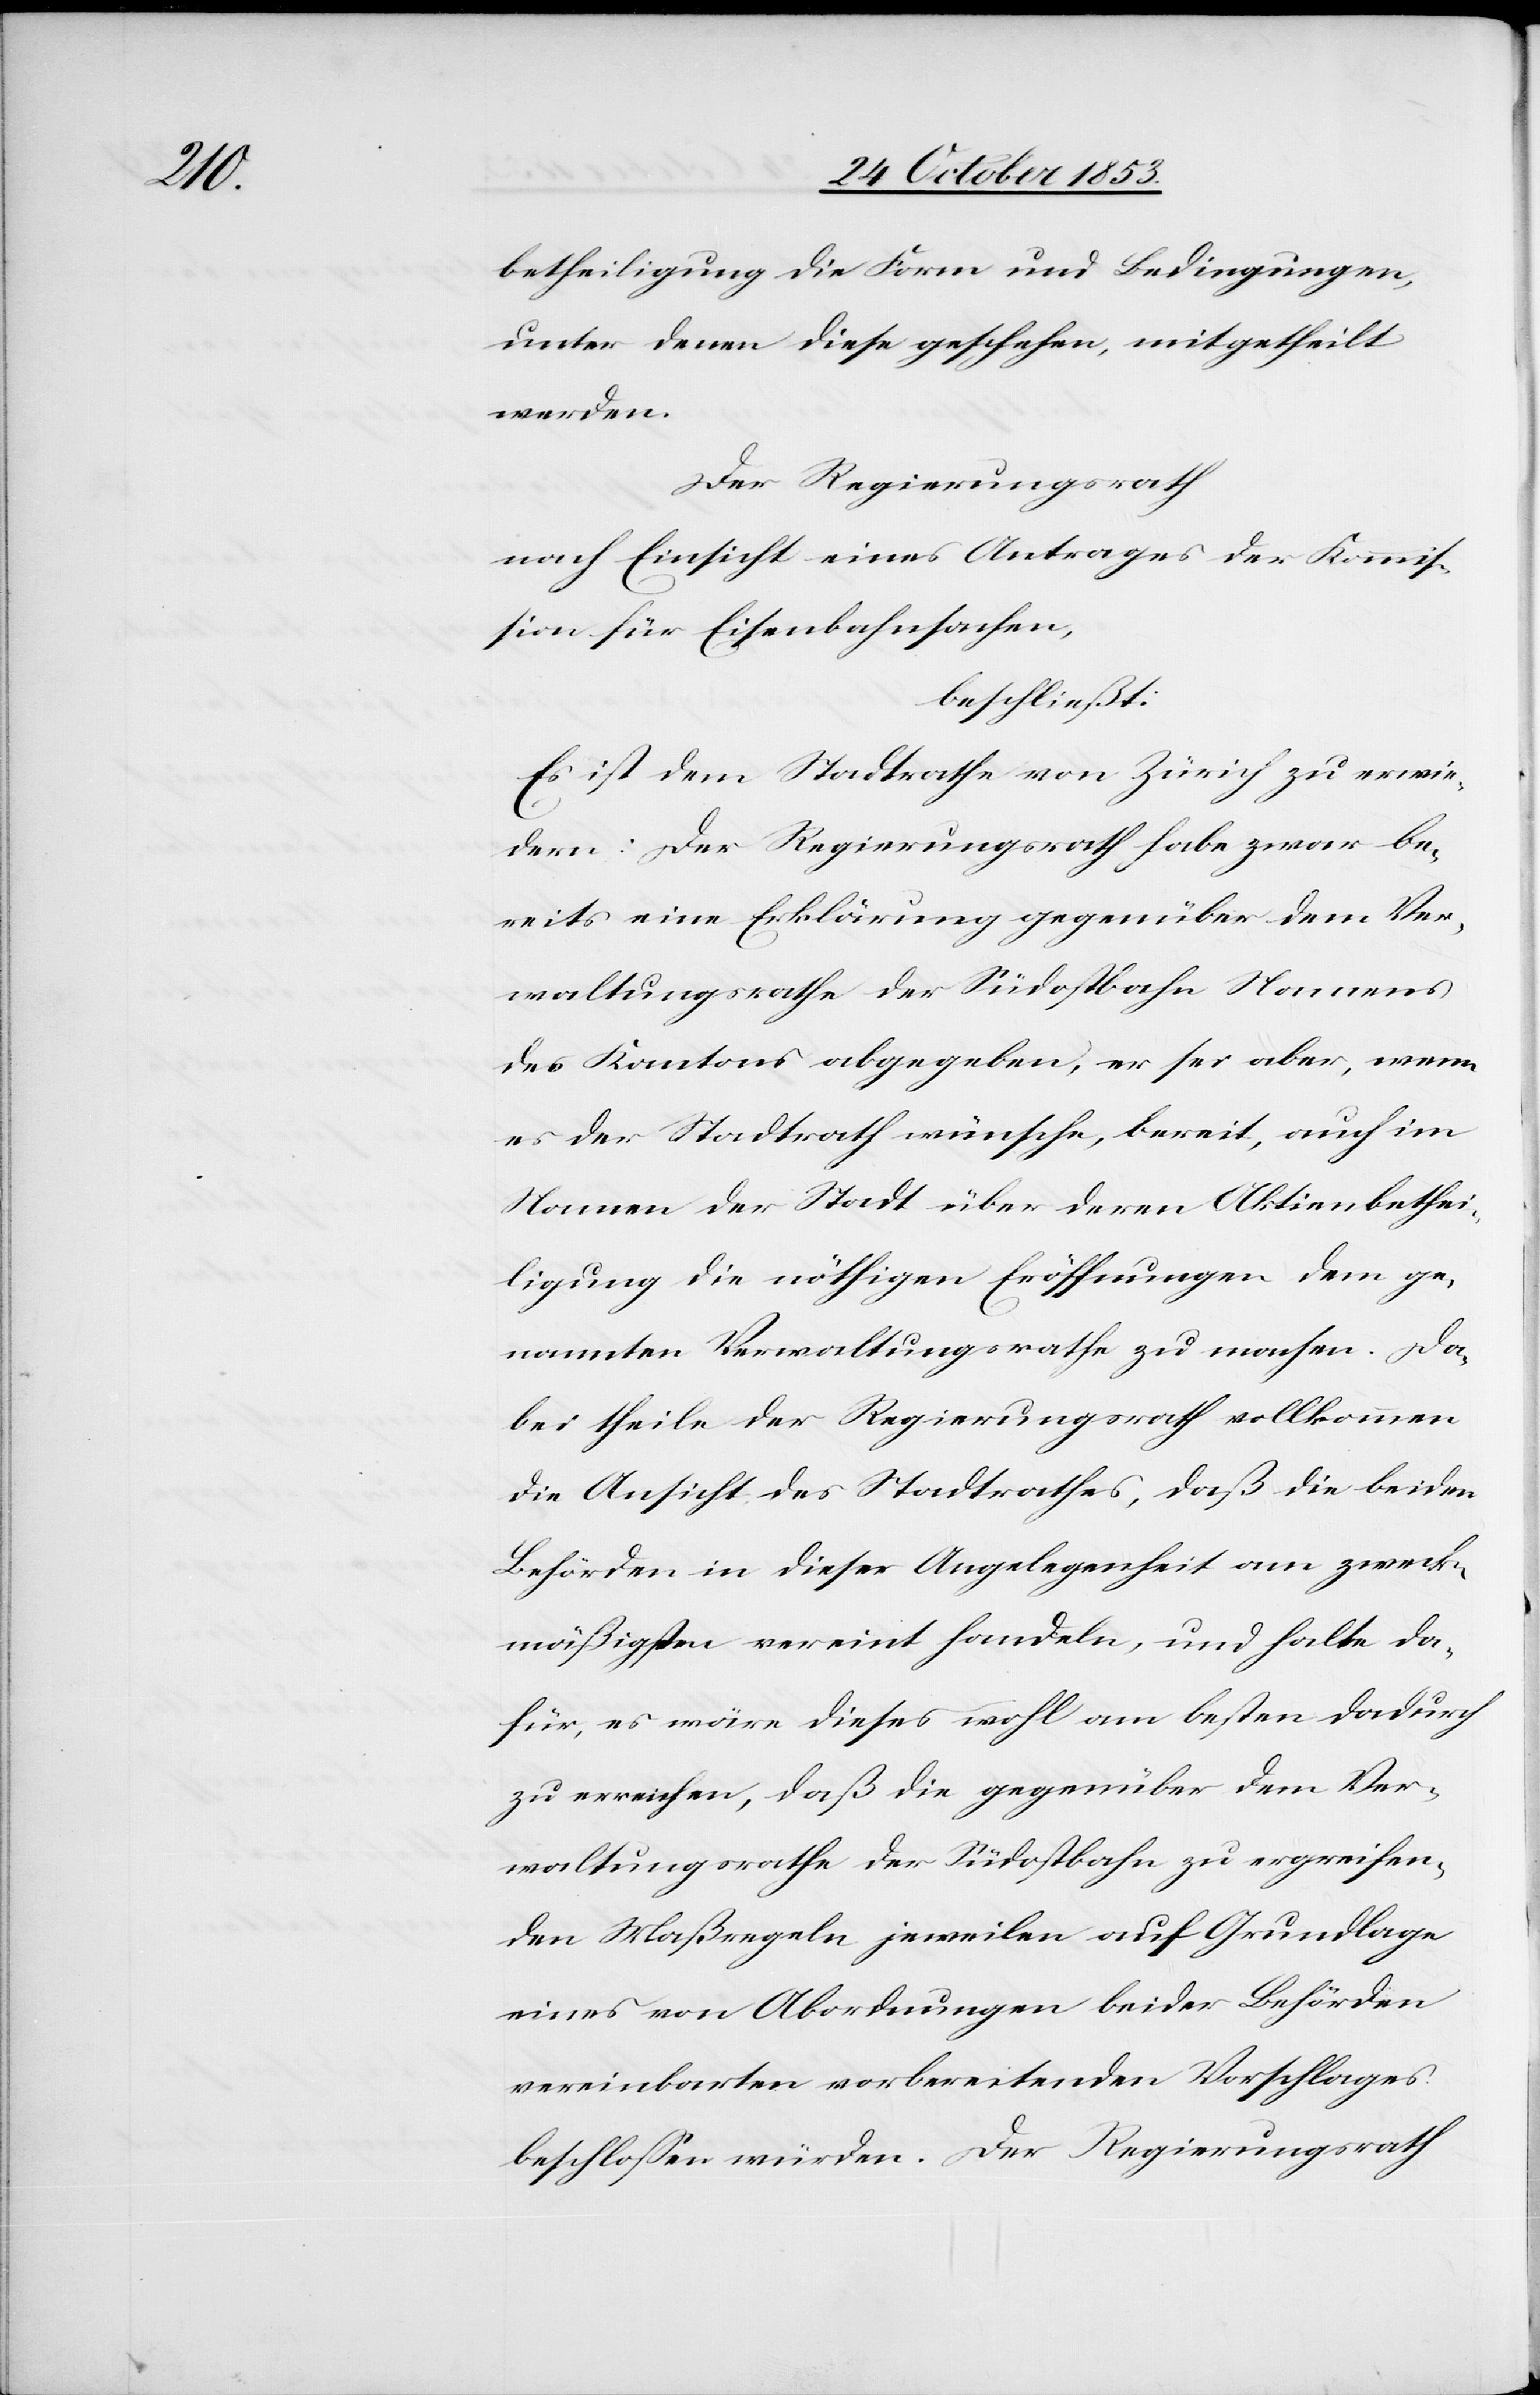
betheiligung die Form und Bedingungen,
unter denen diese geschehen, mitgetheilt
werden.
Der Regierungsrath
nach Einsicht eines Antrages der Kommis¬
sion für Eisenbahnsachen,
beschließt:
Es ist dem Stadtrathe von Zürich zu erwie¬
dern: Der Regierungsrath habe zwar be¬
reits eine Erklärung gegenüber dem Ver¬
waltungsrathe der Südostbahn Namens
des Kantons abgegeben, er sei aber, wenn
es der Stadtrath wünsche, bereit, auch im
Namen der Stadt über deren Aktienbethei¬
ligung die nöthigen Eröffnungen dem ge¬
nannten Verwaltungsrathe zu machen. Da¬
bei theile der Regierungsrath vollkommen
die Ansicht des Stadtrathes, daß die beiden
Behörden in dieser Angelegenheit am zweck¬
mäßigsten vereint handeln, und halte da¬
für, es wäre dieses wohl am besten dadurch
zu erreichen, daß die gegenüber dem Ver¬
waltungsrathe der Südostbahn zu ergreifen¬
den Maßregeln jeweilen auf Grundlage
eines von Abordnungen beider Behörden
vereinbarten vorbereitenden Vorschlages
beschloßen würden. Der Regierungsrath